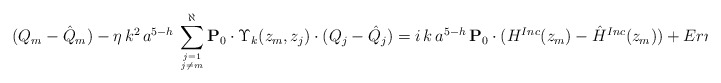
\begin{align*}(Q_{m}-\hat Q_{m}) - \eta \, k^2 \, a^{5-h}\, \sum_{j=1 \atop j \neq m}^\aleph {\bf{P}}_{0} \cdot \Upsilon_k(z_{m}, z_j) \cdot (Q_j-\hat{Q}_j)= i \, k \, a^{5-h} \, {\bf{P}}_{0} \cdot ( H^{Inc}(z_{m})-\hat H^{Inc}(z_{m}))+Error,\end{align*}